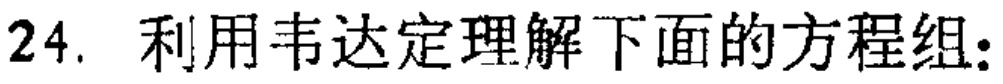
24. 利用韦达定理解下面的方程组：